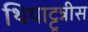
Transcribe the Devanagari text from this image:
थियाट्टून्नीस